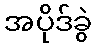
အပိုဒ်ခွဲ